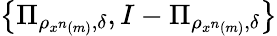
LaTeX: \left\{ \Pi_{\rho_{x^{n}\left(m\right)},\delta},I-\Pi_{\rho_{x^{n}\left(m\right)},\delta}\right\}